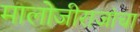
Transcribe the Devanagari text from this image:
मालोजीराजांचा